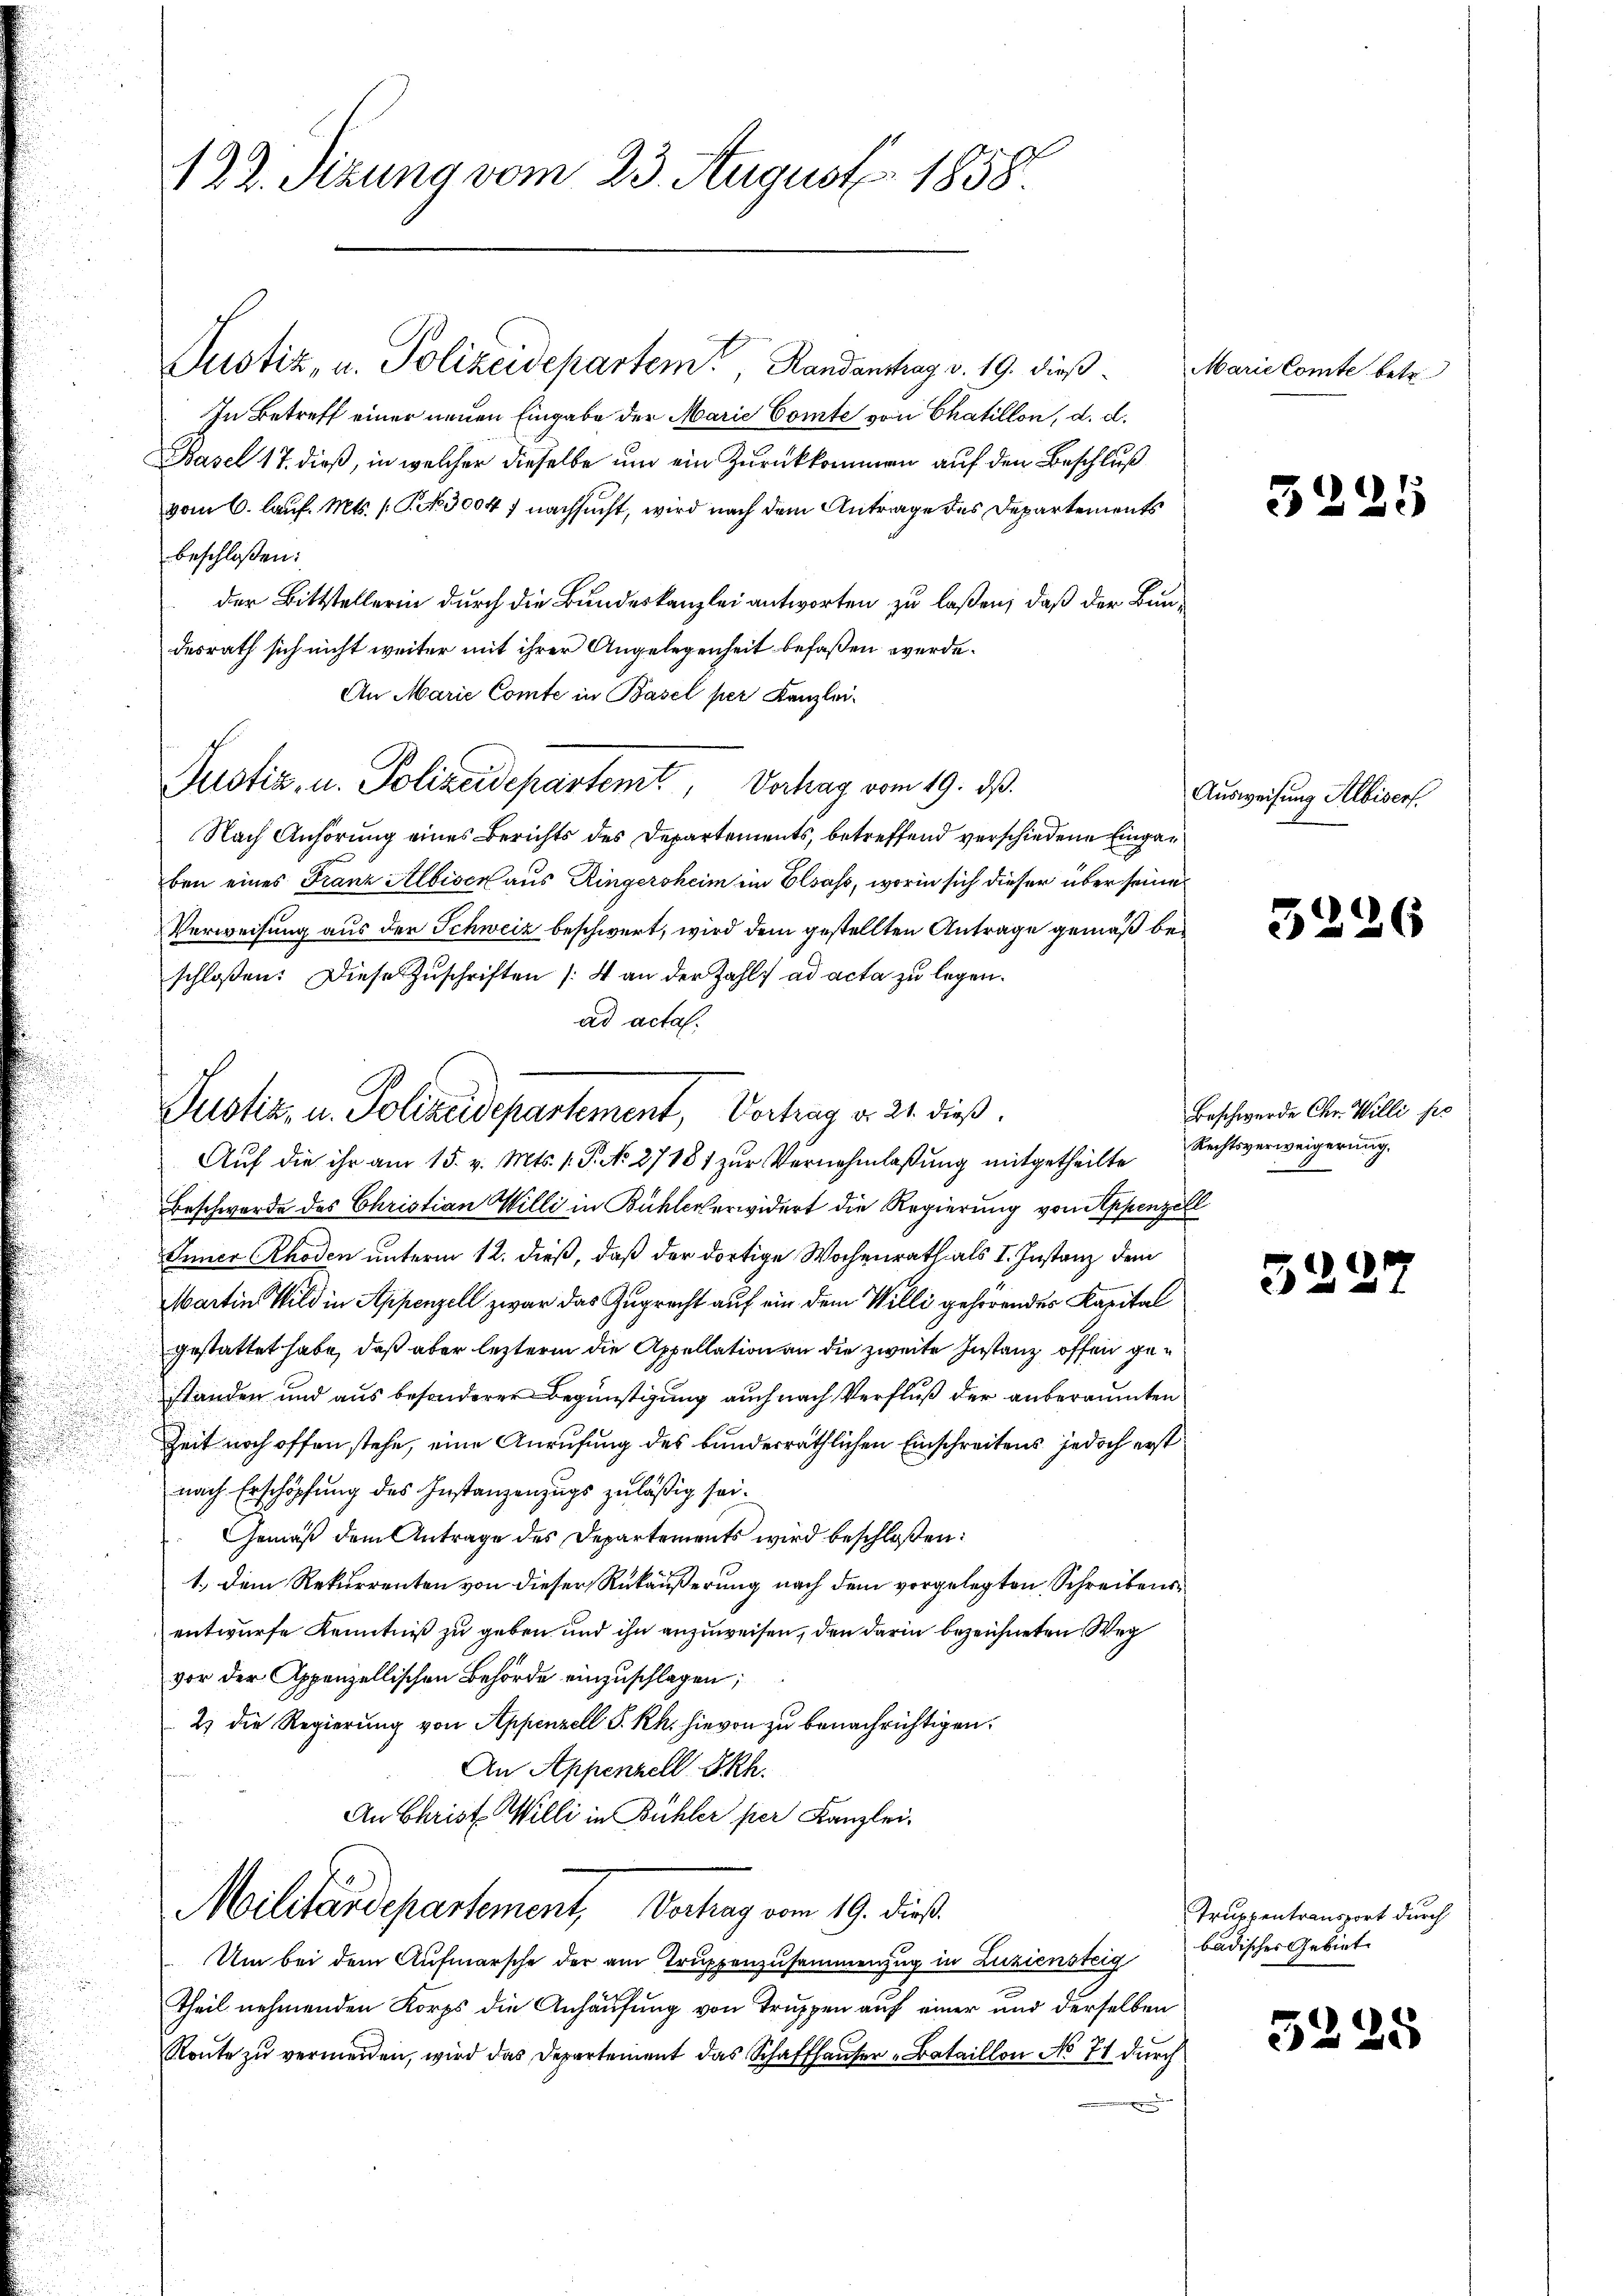
122. Sizung vom 23. August 1858.

Justiz, u. Polizeidepartem Randanthrag v. 19. dieß¬
In Betreff einer neuen Eingabe der Marie Comte von Chatillon, d. d.
Basel 17. dieß, in welcher dieselbe um ein Zurückkommen auf den Beschluß
vom 6. Lauf. Mts. (T. 3004 f nachsucht, wird nach dem Antrage des Departements
beschloßen:
der Bittstellerin durch die Bundeskanzlei antworten zu laßen, daß der Baudesrath sich nicht weiter mit ihrer Angelegenheit befaßen werde.
An Marie Comte in Basel per Kanzlei-
Nach Anhörung eines Berichts des Departements, betreffend verschiedene Eingaben eines Franz Albiser aus Ringersheim ein Elsass, worin sich dieser über seine
Verweisung aus der Schweiz beschwert, wird dem gestellten Antrage gemäß beschloßen: Diese Zŭschriften /4 an der Zahls ad acta zu legen.
ad actal.
Auf die ihr am 15. v. Mts. 1. P. No 27181 zur Vernehmlaßung mitgetheilte
Beschwerde des Christian Willi in Bühleverwidert die Regierung von Appenzell
Appenzell unterm 12. dieß, daß der dortige Wochenrath als I. Instanz dem
Martin Wild in Appenzell zwar das Zugrecht auf ein dem Willi gehörendes Kapital
gestattet habe, daß aber leztere die Appellation an die zweite Instanz offen gestanden und aus besonderer Begünstigung auch nach Verfluß der anberaumten
Zeit noch offen stehe, eine Anrufung des bunderräthlichen Einschreitens jedoch erst
nach Erschöpfung des Instanzenzugs zuläßig sei.
Gemäß dem Antrage des Departements wird beschloßen:
1.) Dem Rekurrenten von dieser Rükäußerung nach dem vorgelegten Schreibensentwurfe Kenntniß zu geben und ihn anzuweisen, den darin bezeichneten Weg
vor der Appenzellischen Behörde einzuschlagen;
2) die Regierung von Appenzell P. Rh. hievon zu benachrichtigen.
An Appenzell IRh.
An Christ Willi in Bühler per Kanzlei-
Militärdepartement, Vortrag vom 19. dieß.
Um bei dem Aufmarsche der am Truppenzusammenzug in Luziensteig badischer Gebiete
Theil nehmenden Korps die Anhausung von Truppen auf einer und derselben
Route zu vermeiden, wird das Departement das Schaffhauser „Bataillon No 71 durch

Justiz- u. Polizeidepartement, Vortrag d. 21. dieß.

Justiz- u. Polizeidepartemt, Verhag vom 19. ds.

Marie Comte betr.

524

Ausweisung Albiserf

34

322

5

26

Beschwerde Chr. Willi po
Rechtsverweigerung.
m

Truppentransport durch

5225